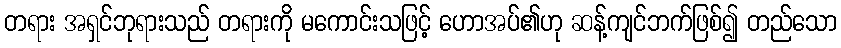
တရား အရှင်ဘုရားသည် တရားကို မကောင်းသဖြင့် ဟောအပ်၏ဟု ဆန့်ကျင်ဘက်ဖြစ်၍ တည်သော